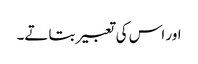
اور اس کی تعبیر بتاتے۔